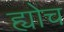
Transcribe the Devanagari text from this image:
ह्योच